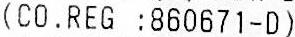
(CO.REG :860671-D)